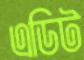
এডিট